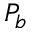
P _ { b }